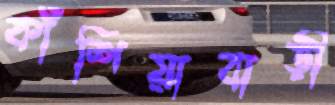
কাঁশিয়াবাড়ী